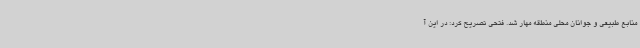
منابع طبیعی و جوانان محلی منطقه مهار شد. فتحی تصریح کرد: در این آ